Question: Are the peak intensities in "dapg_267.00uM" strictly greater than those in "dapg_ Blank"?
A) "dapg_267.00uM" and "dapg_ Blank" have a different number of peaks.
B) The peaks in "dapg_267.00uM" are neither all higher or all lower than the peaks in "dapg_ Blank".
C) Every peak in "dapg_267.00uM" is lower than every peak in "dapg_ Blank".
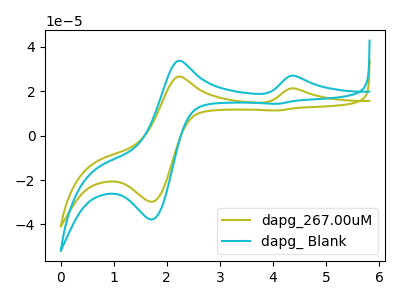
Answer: <think>The olive curve "dapg_267.00uM" has anodic peaks at (4.40V, 21.20uA) (2.25V, 26.60uA) and cathodic peaks at (1.70V, -29.75uA) (4.10V, 11.30uA). The cyan curve "dapg_ Blank" has anodic peaks at (4.40V, 26.90uA) (2.25V, 33.70uA) and cathodic peaks at (1.70V, -37.75uA) (4.10V, 14.35uA).</think>
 <answer>B) The peaks in "dapg_267.00uM" are neither all higher or all lower than the peaks in "dapg_ Blank".</answer>
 <eval>B</eval>